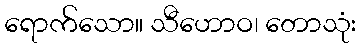
ရောက်သော။ သီဟောဝ၊ တောသုံး